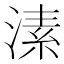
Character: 溸